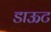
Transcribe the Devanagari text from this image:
डाऊट